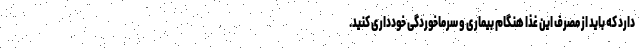
دارد که باید از مصرف این غذا هنگام بیماری و سرماخوردگی خودداری کنید.